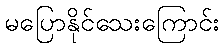
မပြောနိုင်သေးကြောင်း